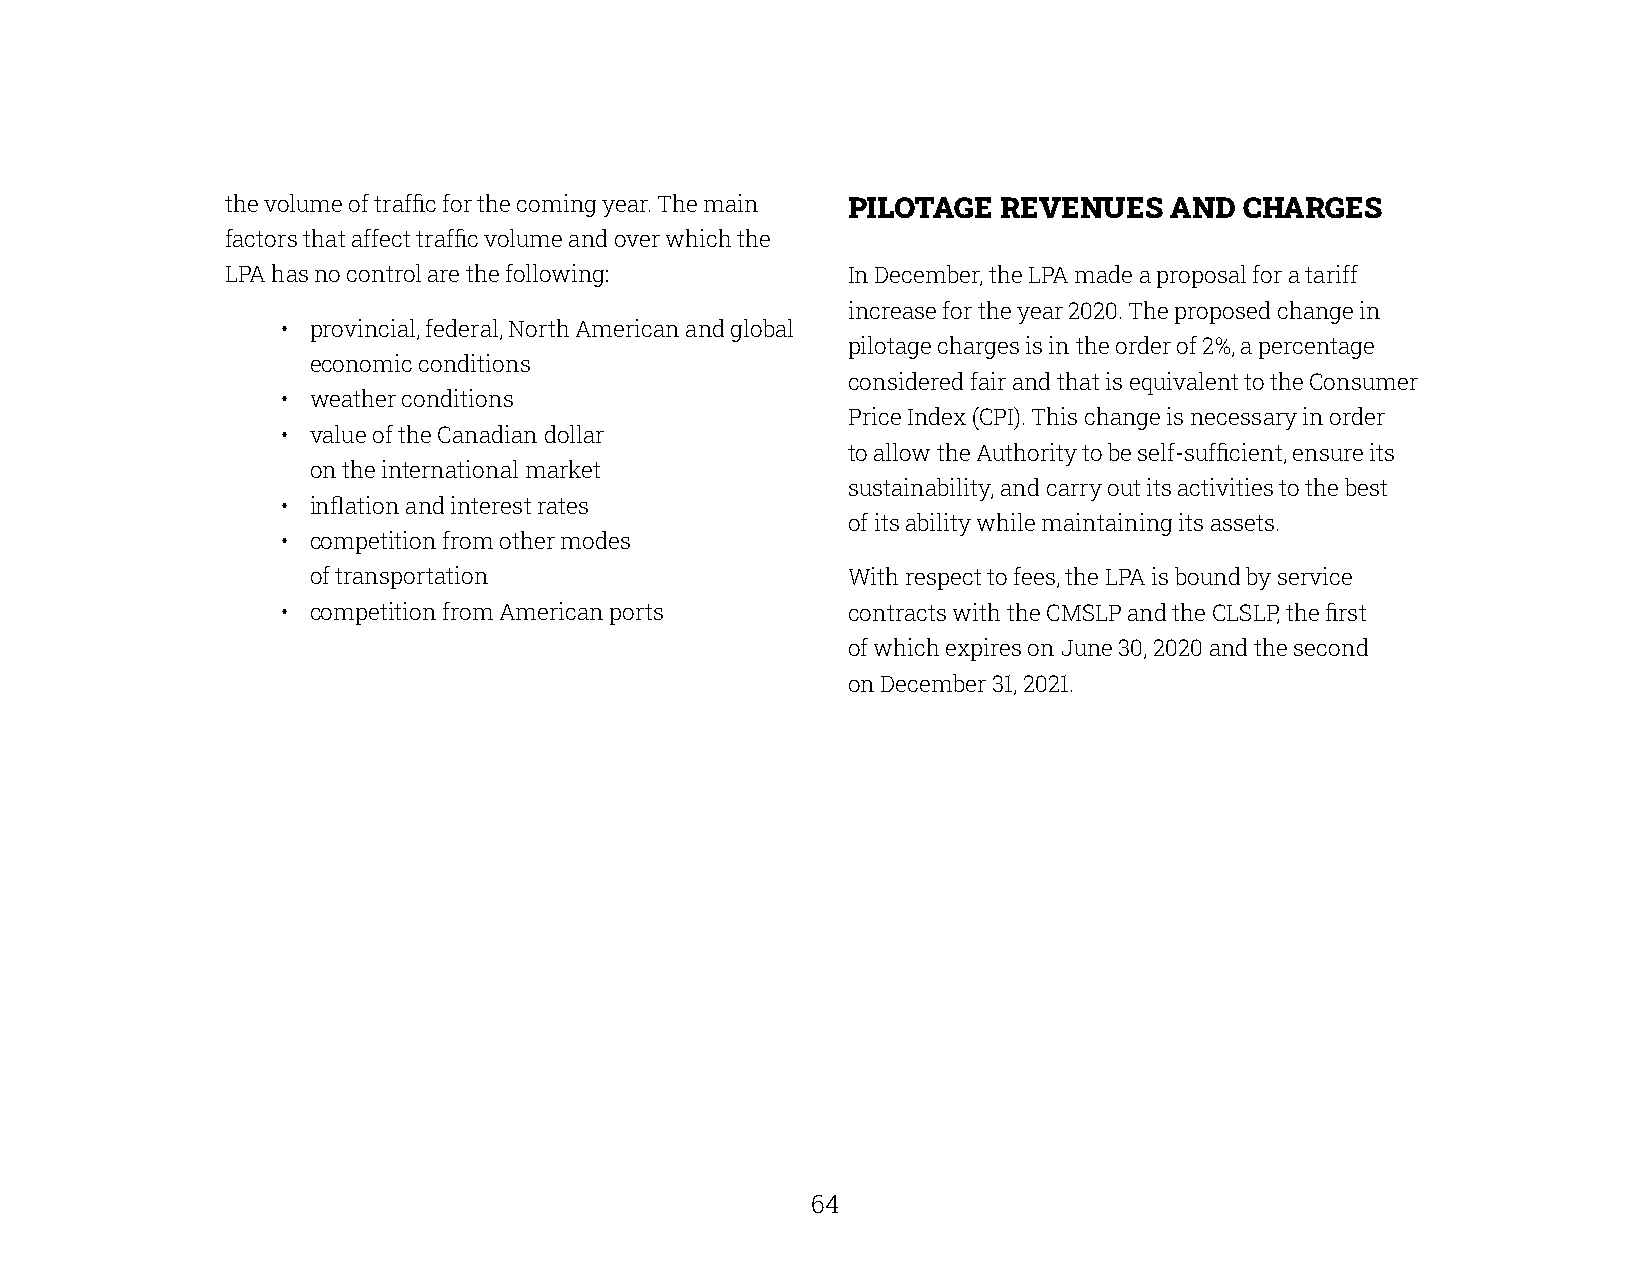
the volume of traffic for the coming year. The main PILOTAGE REVENUES AND CHARGES
 factors that affect traffic volume and over which the
 LPA has no control are the following:    In December, the LPA made a proposal for a tariff
 increase for the year 2020. The proposed change in
 • provincial, federal, North American and global
 pilotage charges is in the order of 2%, a percentage
 economic conditions
 considered fair and that is equivalent to the Consumer
 • weather conditions
 Price Index (CPI). This change is necessary in order
 • value of the Canadian dollar
 to allow the Authority to be self-sufficient, ensure its
 on the international market
 sustainability, and carry out its activities to the best
 • inflation and interest rates
 of its ability while maintaining its assets.
 • competition from other modes
 of transportation                   With respect to fees, the LPA is bound by service
 • competition from American ports    contracts with the CMSLP and the CLSLP, the first
 of which expires on June 30, 2020 and the second
 on December 31, 2021.
 64